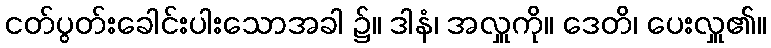
ငတ်ပွတ်းခေါင်းပါးသောအခါ ၌။ ဒါနံ၊ အလှူကို။ ဒေတိ၊ ပေးလှူ၏။